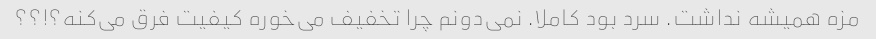
مزه همیشه نداشت. سرد بود کاملا. نمی‌دونم چرا تخفیف می‌خوره کیفیت فرق می‌کنه؟!؟؟